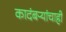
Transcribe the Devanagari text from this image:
कादंबऱ्यांचाही